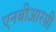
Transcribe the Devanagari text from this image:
एनबीआरसी